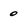
Character: 0